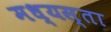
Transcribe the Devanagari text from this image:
मध्‍यस्ता